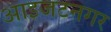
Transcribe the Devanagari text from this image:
आइजटनगर